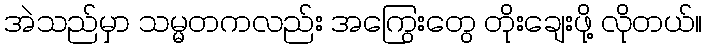
အဲသည်မှာ သမ္မတကလည်း အကြွေးတွေ တိုးချေးဖို့ လိုတယ်။